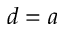
d = a